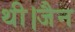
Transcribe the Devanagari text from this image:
थी।जैन